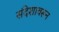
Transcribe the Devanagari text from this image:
संदेशावरून